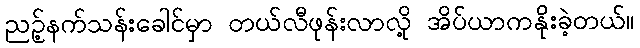
ညဥ့်နက်သန်းခေါင်မှာ တယ်လီဖုန်းလာလို့ အိပ်ယာကနိုးခဲ့တယ်။